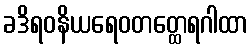
ခဒိရဝနိယရေဝတတ္ထေရဂါထာ